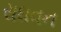
રાઘવન